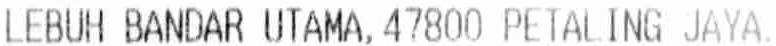
LEBUH BANDAR UTAMA, 47800 PETALING JAYA.